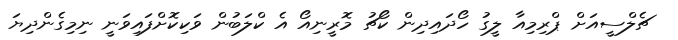
ޗެލްސީއަށް ޕްރިމިއާ ލީގު ހޯދައިދިން ކޯޗު މޮރީނިއޯ އެ ކްލަބުން ވަކިކޮށްފައިވަނީ ނިމިގެންދިޔަ